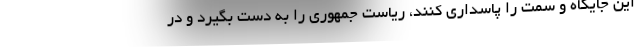
این جایگاه و سمت را پاسداری کنند، ریاست جمهوری را به دست بگیرد و در